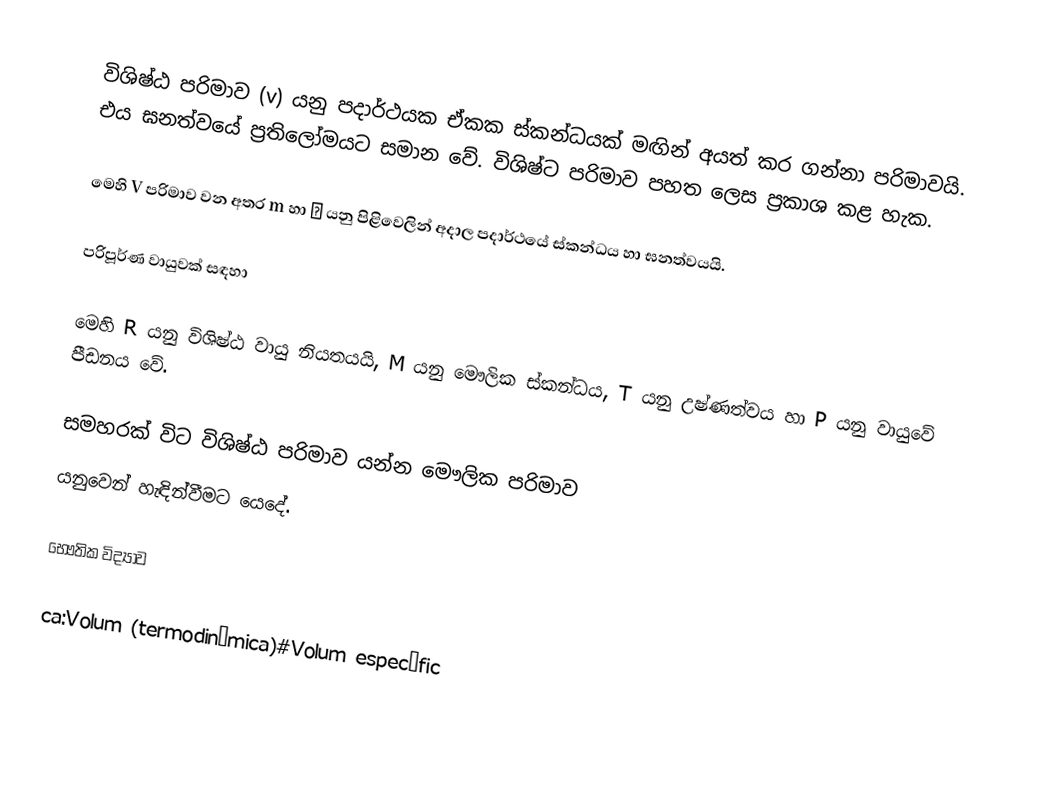
විශිෂ්ඨ පරිමාව (v) යනු පදාර්ථයක ඒකක ස්කන්ධයක් මඟින් අයත් කර ගන්නා පරිමාවයි. එය ඝනත්වයේ ප්‍රතිලෝමයට සමාන වේ. විශිෂ්ට පරිමාව පහත ලෙස ප්‍රකාශ කළ හැක.

මෙහි V පරිමාව වන අතර m හා ρ යනු පිළිවෙලින් අදාල පදාර්ථයේ ස්කන්ධය හා ඝනත්වයයි.

පරිපූර්ණ වායුවක් සඳහා

මෙහි R යනු විශිෂ්ඨ වායු නියතයයි, M යනු මෞලික ස්කන්ධය, T යනු උෂ්ණත්වය හා P යනු වායුවේ පීඩනය වේ.

සමහරක් විට විශිෂ්ඨ පරිමාව යන්න මෞලික පරිමාව
යනුවෙන් හැඳින්වීමට යෙදේ.

භෞතික විද්‍යාව

ca:Volum (termodinàmica)#Volum específic